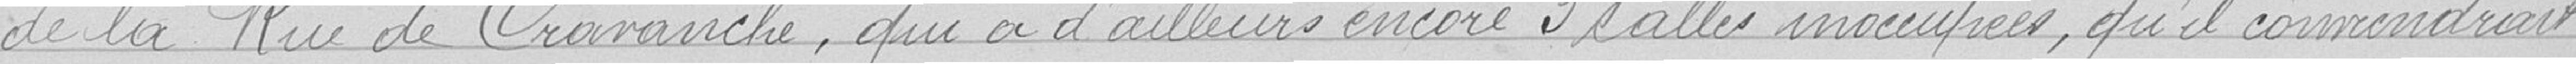
de la rue de Cravanche, qui a d'ailleurs encore 3 salles inoccupées, qu'il conviendrait